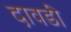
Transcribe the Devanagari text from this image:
दावडी